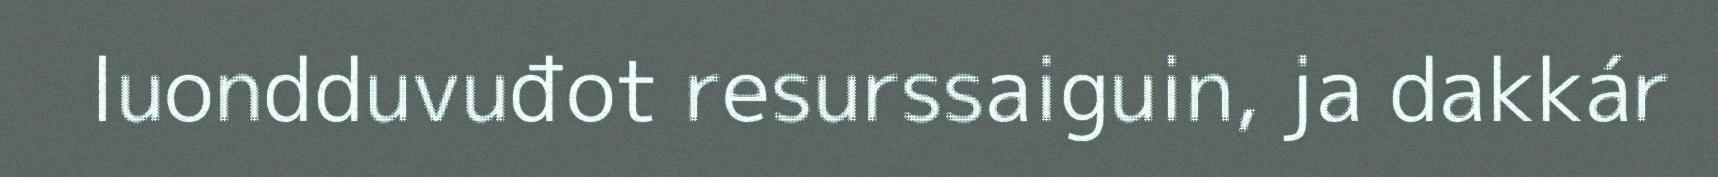
luondduvuđot resurssaiguin, ja dakkár